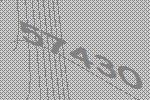
57430